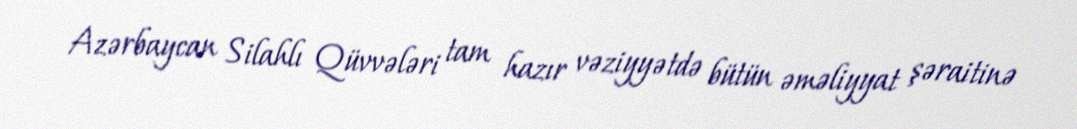
Azərbaycan Silahlı Qüvvələri tam hazır vəziyyətdə bütün əməliyyat şəraitinə